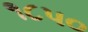
૧૮પ૦